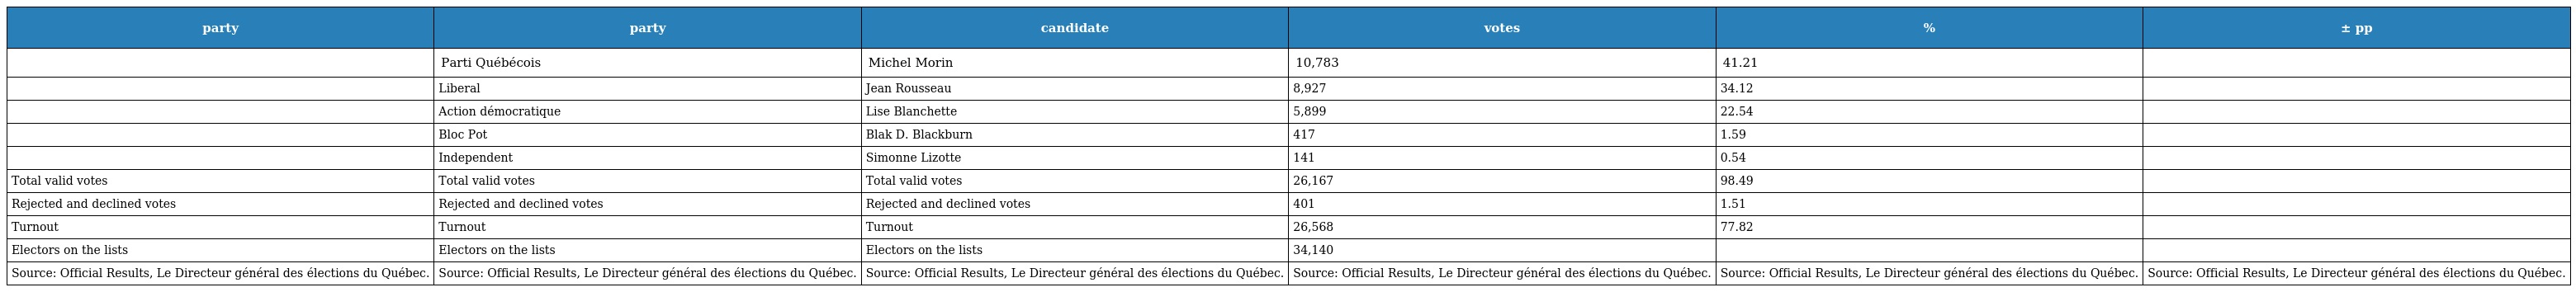
| party | party | candidate | votes | % | ± pp |
 | --- | --- | --- | --- | --- | --- |
 |  | Parti Québécois | Michel Morin | 10,783 | 41.21 |  |
 |  | Liberal | Jean Rousseau | 8,927 | 34.12 |  |
 |  | Action démocratique | Lise Blanchette | 5,899 | 22.54 |  |
 |  | Bloc Pot | Blak D. Blackburn | 417 | 1.59 |  |
 |  | Independent | Simonne Lizotte | 141 | 0.54 |  |
 | Total valid votes | Total valid votes | Total valid votes | 26,167 | 98.49 |  |
 | Rejected and declined votes | Rejected and declined votes | Rejected and declined votes | 401 | 1.51 |  |
 | Turnout | Turnout | Turnout | 26,568 | 77.82 |  |
 | Electors on the lists | Electors on the lists | Electors on the lists | 34,140 |  |  |
 | Source: Official Results, Le Directeur général des élections du Québec. | Source: Official Results, Le Directeur général des élections du Québec. | Source: Official Results, Le Directeur général des élections du Québec. | Source: Official Results, Le Directeur général des élections du Québec. | Source: Official Results, Le Directeur général des élections du Québec. | Source: Official Results, Le Directeur général des élections du Québec. |